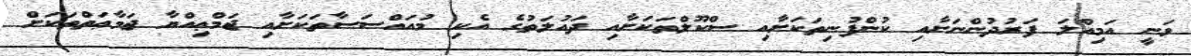
ވަނީ އަމިއްލަ ފަރުދުންނަށާއި ކުންފުނިތަކަށާއި ސްކޫލްތަކަށާއި ދައުލަތުގެ އެކި މުއައްސަސާތަކަށާއި ޖަމްޢިއްޔާ ޖަމާޢަތްތަކަށް